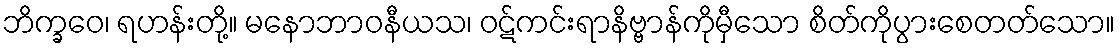
ဘိက္ခဝေ၊ ရဟန်းတို့။ မနောဘာဝနီယသ၊ ဝဋ်ကင်းရာနိဗ္ဗာန်ကိုမှီသော စိတ်ကိုပွားစေတတ်သော။